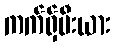
ကက်ရှ်မီးယား